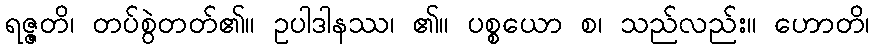
ရဇ္ဇတိ၊ တပ်စွဲတတ်၏။ ဥပါဒါနဿ၊ ၏။ ပစ္စယော စ၊ သည်လည်း။ ဟောတိ၊